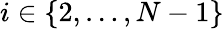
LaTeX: i\in\{ 2,\ldots,N-1\}